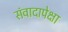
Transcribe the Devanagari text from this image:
संवादापेक्षा